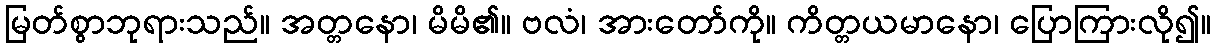
မြတ်စွာဘုရားသည်။ အတ္တနော၊ မိမိ၏။ ဗလံ၊ အားတော်ကို။ ကိတ္တယမာနော၊ ပြောကြားလို၍။